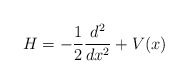
\begin{align*}H=-\frac 12\frac {d^2}{dx^2}+V(x)\end{align*}